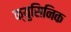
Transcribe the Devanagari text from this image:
क्युसिनिक